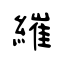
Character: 繀